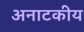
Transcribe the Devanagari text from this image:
अनाटकीय